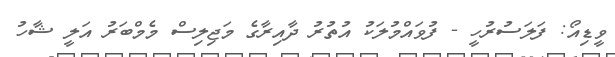
ވީޑިއޯ: ފަލަސުރުހީ - ފުވައްމުލަކު އުތުރު ދާއިރާގެ މަޖިލިސް މެމްބަރު އަލީ ޝާހު